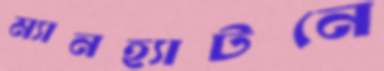
ম্যানহ্যাটনে